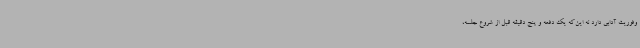
وفوریت آدابی دارد نه این‌که یک دفعه و پنج دقیقه قبل از شروع جلسه،